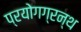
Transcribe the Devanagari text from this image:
प्रयोगग्रन्थ